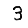
Digit: 3